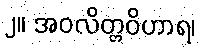
၂။ အဝလိတ္တဝိဟာရ၊